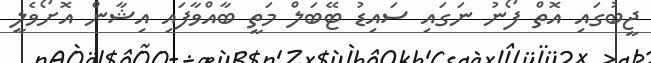
ޖީބުގައި އޮތް ފޯނު ނަގައި ސައިޑު ޓޭބަލް މަތީ ބާއްވާފައި އިޝާން އޮށޯވެލީ